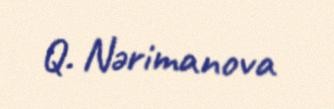
Q. Nərimanova